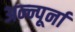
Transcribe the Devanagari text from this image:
अन्न्पूर्ना